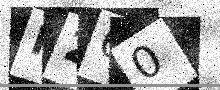
Text: P260